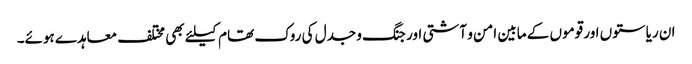
ان ریاستوں اور قوموں کے مابین امن و آشتی اور جنگ و جدل کی روک تھام کیلئے بھی مختلف معاہدے ہوئے۔